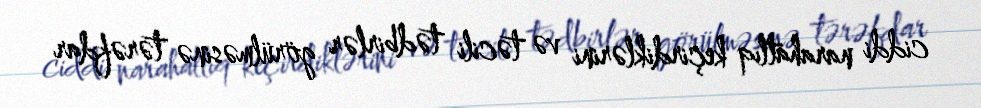
ciddi narahatlıq keçirdiklərini və təcili tədbirlər görülməsinə tərəfdar